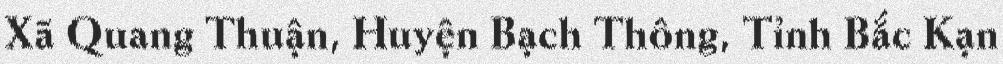
Xã Quang Thuận, Huyện Bạch Thông, Tỉnh Bắc Kạn